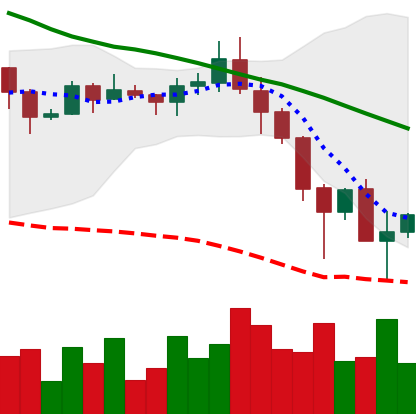
Ticker: ADA-USD
Chart end date: 2019-11-26
Forward return: 7.012%
Label: up_7plus